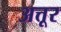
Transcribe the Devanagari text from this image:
अत्तूर